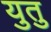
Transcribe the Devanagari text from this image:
युतु